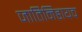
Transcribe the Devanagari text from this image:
जातिनिहायच